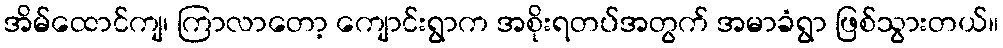
အိမ်ထောင်ကျ၊ ကြာလာတော့ ကျောင်းရွာက အစိုးရတပ်အတွက် အမာခံရွာ ဖြစ်သွားတယ်။